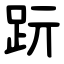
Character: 䟚